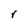
Character: r